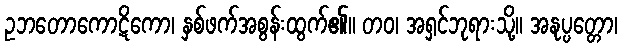
ဥဘတောကောဋိကော၊ နှစ်ဖက်အစွန်းထွက်၏။ တဝ၊ အရှင်ဘုရားသို့။ အနုပ္ပတ္တော၊